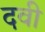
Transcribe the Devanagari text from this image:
दवी